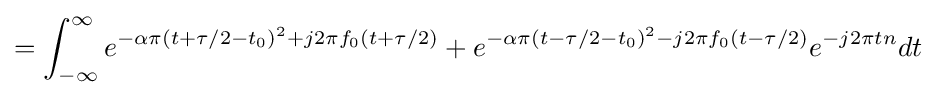
=\int _{-\infty }^{\infty }e^{-\alpha \pi (t+\tau /2-t_{0})^{2}+j2\pi f_{0}(t+\tau /2)}+e^{-\alpha \pi (t-\tau /2-t_{0})^{2}-j2\pi f_{0}(t-\tau /2)}e^{-j2\pi tn}dt